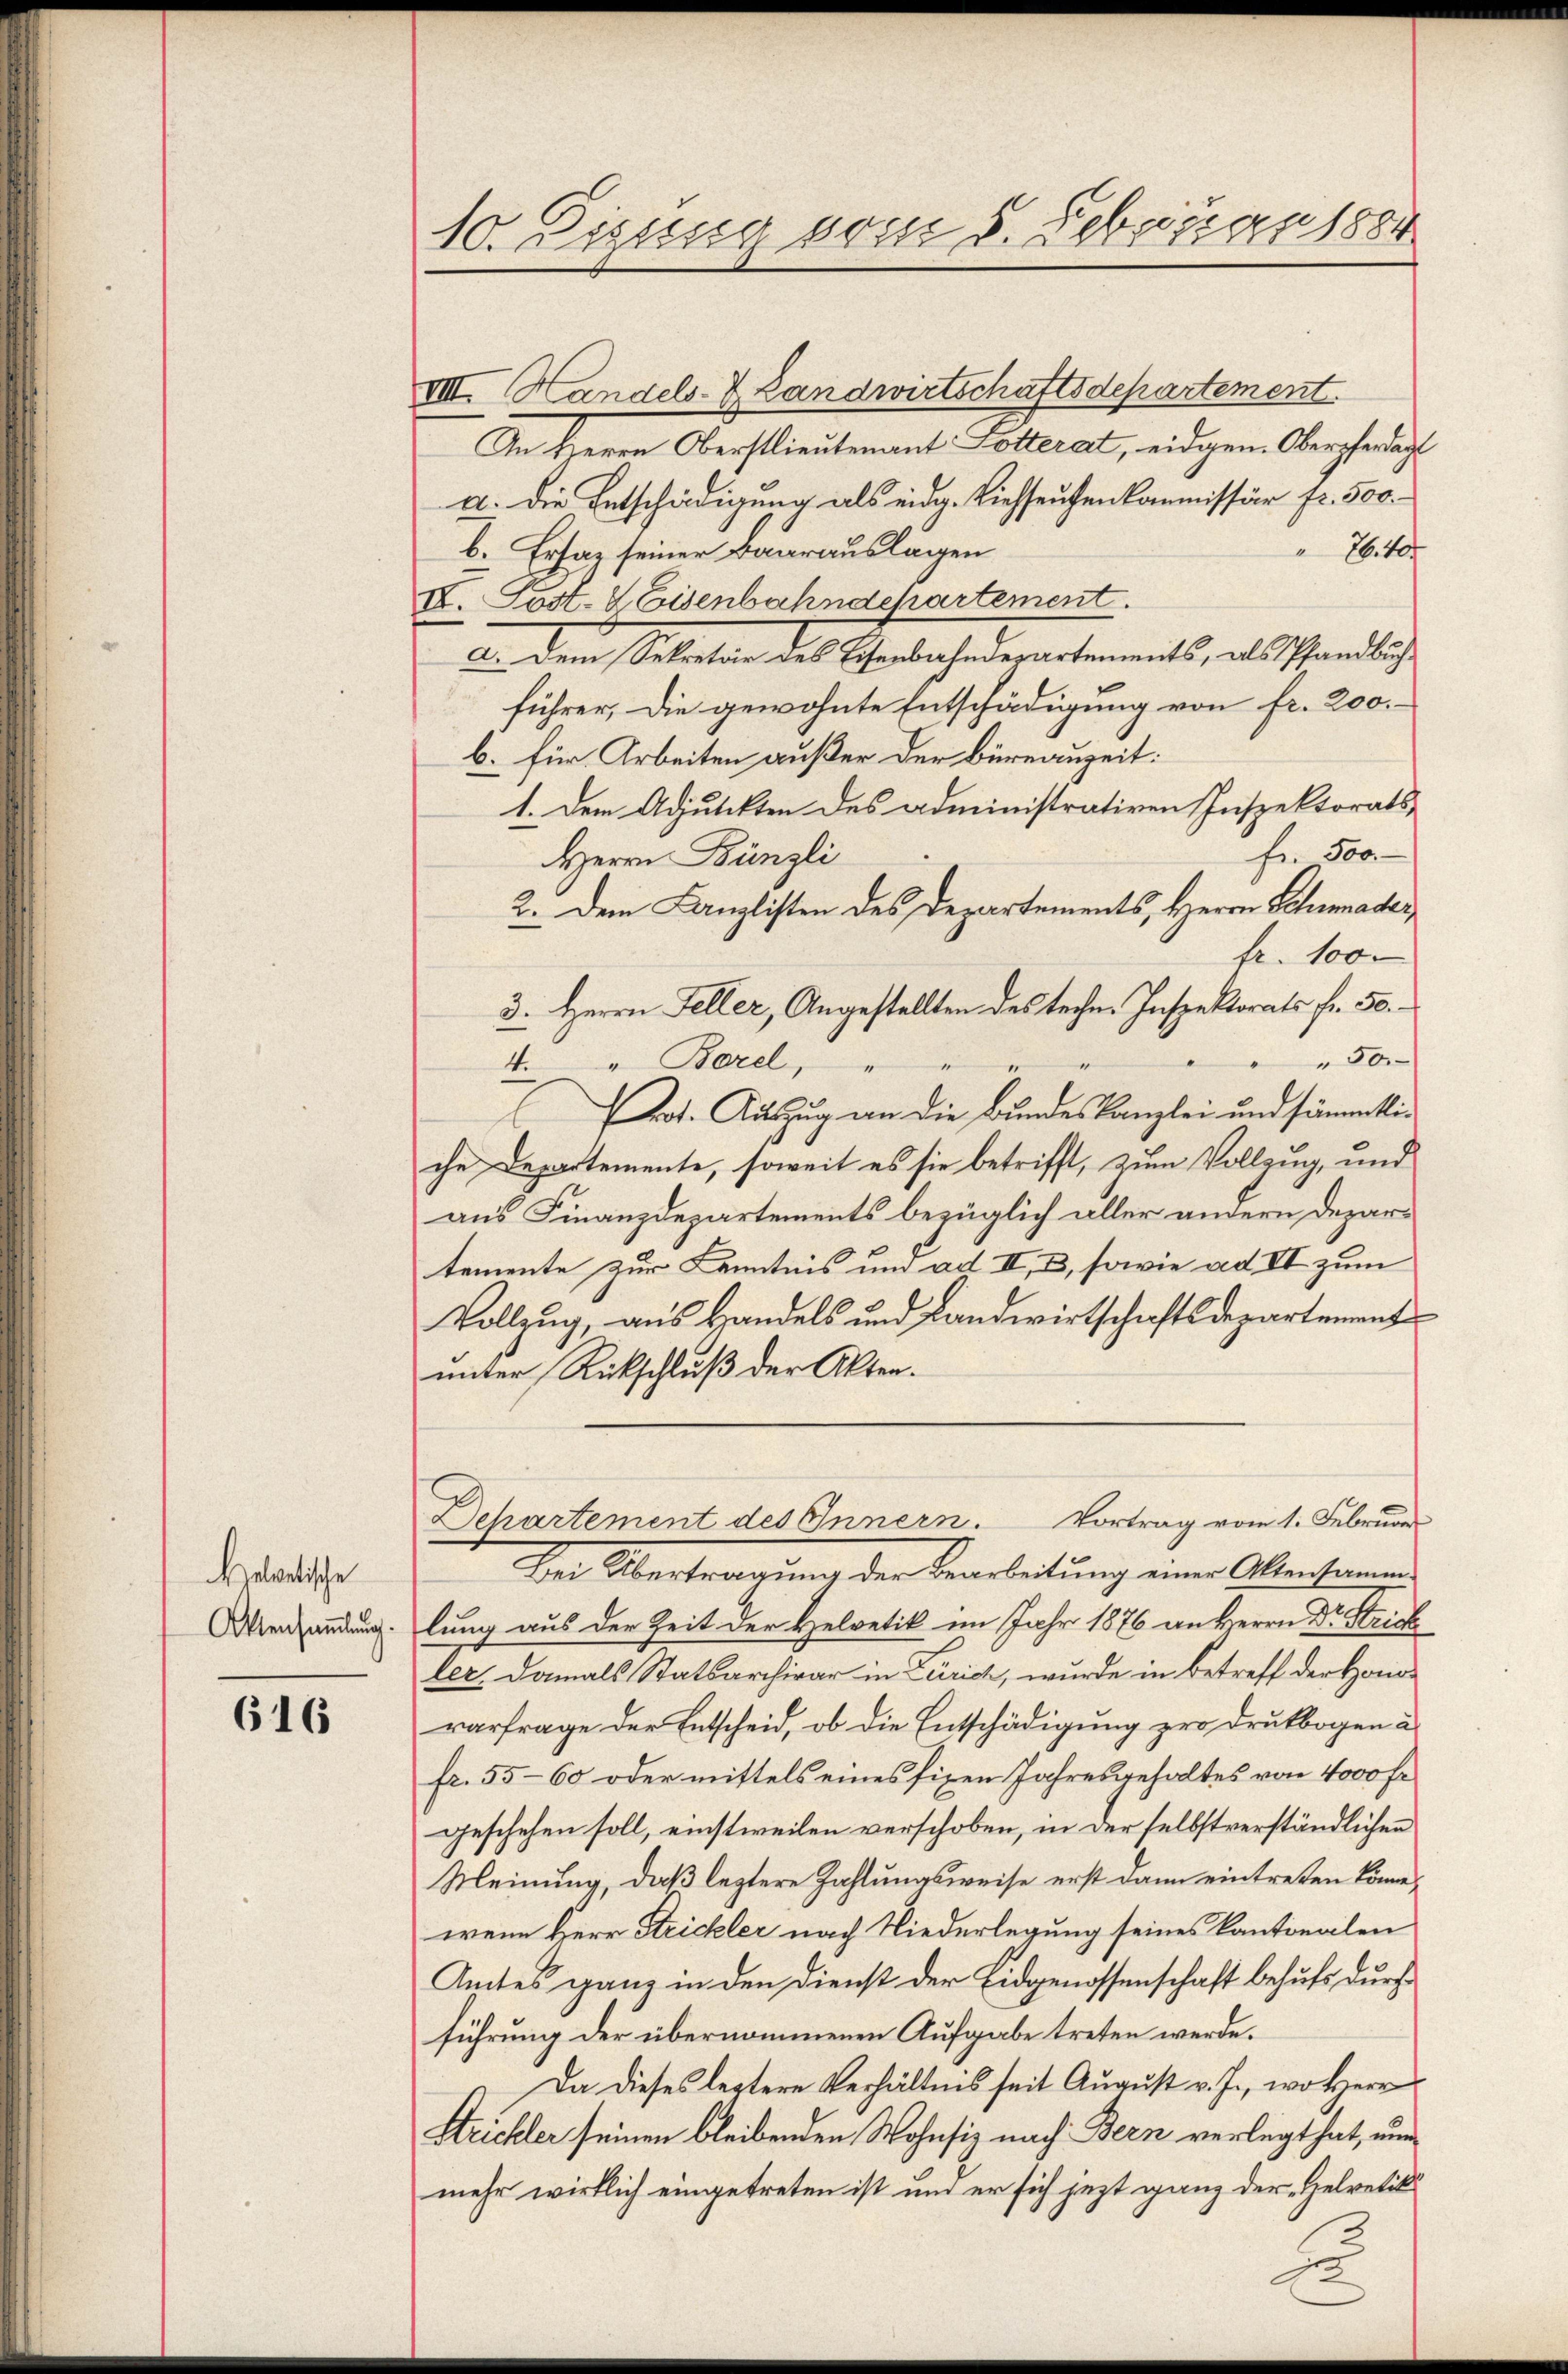
Helvetische
Aktensammlung.

616

10. Zigung vom 5. Februar 1884

VIII. Handels- & Landwirtschaftsdepartement
An Herrn Oberstlieutenant Lotterat, eidgen. Oberpferdacht
a. Die Entschädigung als eidg. Viehseuchen Commissär fr. 500.
b. Ersaz seiner Baarauslagen
H. 40
IV. Post. d. Eisenbahndepartement.
Von dem Statuten des Ehebrachendepartements, als ständlich
führer, die gewohnte Entschädigung von fr. 200.
b. für Arbeiten außer der Büreauzeit:
1. Dem Adjutikten des administrativen Inspektorats-
fr. 500
Herrn Bünzli
2. Dem Kanzlisten des Departements, Herrn Schumader
fr. 100
3. Herrn Feller, Angestellten des techen Inspektorats fr. 50.
50.
4. " Borel,
Pot. Auszug an die Bundeskanzlei und sämmtliche Departemente, soweit es sie betrifft, zum Vollzug, und
aus Finanzdepartements bezüglich aller andern Departemente zur Kenntnis und ad II, 2, sowie ad II zum
Vollzug, aus Handels und Landwirtschaftsdepartement
unter Rückschluß der Akten.
Dehartement des Innern. Vortrag vom 1. Februar
Der Übertragung der Bearbeitung einer Altentionen
lung aus der Zeit der Helvetik im Jahr 1876 an Herrn Dr. Strich
ler, damals Statsarchivar in Zürich, wurde in Betreff der Honorarfrage der Entscheid, ob die Entschädigung zur Druckbogen a
fr. 55—60 oder mittels eines fixen Jahresgehaltes von 4000 Fr.
geschehen soll, einstweilen verschoben, in der selbstverständlichen
Meinung, daß leztere Zahlungsweise erst dann eintreten könne,
wenn Herr Strickler nach Niederlegung seines Kantonalen
Amtes ganz in den Dienst der Eidgenossenschaft behufs durchführung der übernommenen Aufgabe treten werde.
Da dieses leztere Verhältnis seit August v. J., wo Herr
Strichler seinen bleibenden Wohnsiz nach Bern verlegt hat, nun
mehr wirklich eingetreten ist und er sich jezt ganz der Helvetik